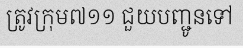
ត្រូវក្រុម៧១១ ជួយបញ្ជូនទៅ